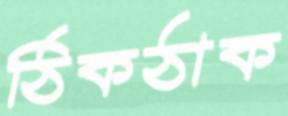
ঠিকঠাক